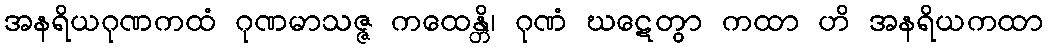
အနရိယဂုဏကထံ ဂုဏမာသဇ္ဇ ကထေန္တိ၊ ဂုဏံ ဃဋေတွာ ကထာ ဟိ အနရိယကထာ